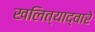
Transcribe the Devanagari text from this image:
खलित्याद्वारे